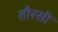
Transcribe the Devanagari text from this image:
तौरसी